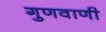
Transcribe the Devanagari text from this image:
गुणवाणी